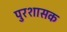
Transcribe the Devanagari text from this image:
पुरशासक